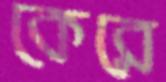
কেরে